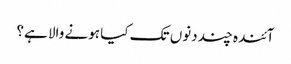
آئندہ چند دنوں تک کیا ہونے والا ہے؟